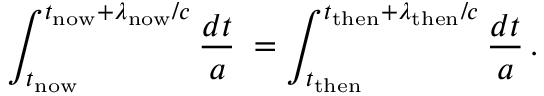
\int _ { t _ { \mathrm { n o w } } } ^ { t _ { \mathrm { n o w } } + \lambda _ { \mathrm { n o w } } / c } { \frac { d t } { a } } \; = \int _ { t _ { \mathrm { t h e n } } } ^ { t _ { \mathrm { t h e n } } + \lambda _ { \mathrm { t h e n } } / c } { \frac { d t } { a } } \, .